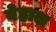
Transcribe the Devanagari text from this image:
बेहाश